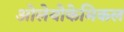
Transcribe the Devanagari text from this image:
ओलेयोकेमिकल